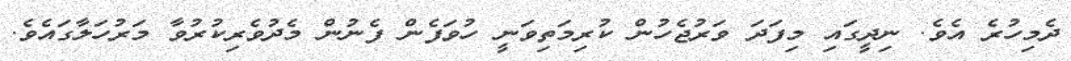
ދެމިހުރެ އެވެ. ނިދީގައި މިފަދަ ވަރުޖެހުން ކުރިމަތިވަނީ ހުވަފެން ފެނުން މެދުވެރިކުރުވާ މަރުހަލާގައެވެ.